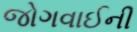
જોગવાઈની